Vaccination in Bombay 1889-1901 - 1889-1901
Year: 1889
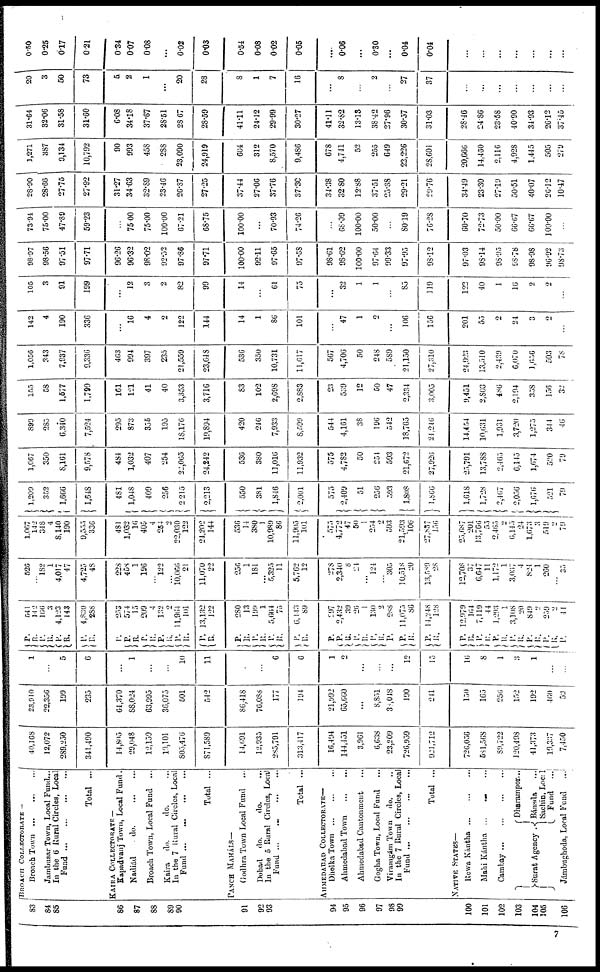
83
84
85
86
87
88
89
90
91
92
93
94
95
96
97
98
99
100
101
102
103
104
105
106
BROACH COLLECTORATE —
Broach Town ... ... ...
Jambusar Town, Local Fund...
In the 6 Rural Circles, Local
Fund...
...
...
...
Total ...
KAIRA COLLECTORATE —
Kapadvanj Town, Local Fund.
Nadiád
do.
...
...
Broach Town, Local Fund ...
Kaira
do.
do. ...
In the 7 Rural Circles, Local
Fund...
...
...
...
Total ...
PANCH MAHÁLS—
Godhra Town Local Fund ...
Dohad
do.
do. ...
In the 5 Rural Circles, Local
Fund ... ... ... ...
Total ...
AHMEDABAD COLLECTORATE—
Dholka
Town...
...
...
Ahmedabad Town
...
...
Ahmedabad Cantonment ...
Gogha Town, Local Fund ...
Viramgám Town
do. ...
In the 7 Rural Circles, Local
Fund... ... ... ...
Total ...
NATIVE STATES—
Rewa
Kántha...
...
...
Mahi Kántha ... ... ...
Cambay...
...
...
...
Surat Agency .
Dharampor...
Bánsda ...
Sachin, Local
Fund ...
Jámbughoda, Local Fund
...
40,168
12,072
289,250
341,490
14,805
29,048
12,159
19,101
805,476
871,589
14,691
12,935
285,791
313,417
16,494
144,451
3,961
6,638
23,209
726,939
921,712
726,056
581,568
89,722
120,498
41,373
19,337
7,450
23,910
22,356
199
235
64,370
88,024
63,995
36,075
501
542
86,418
76,088
177
194
21,992
65,660
...
8,851
38,048
190
211
150
165
256
152
192
460
52
1
...
5
6
...
1
...
...
10
11
...
...
6
6
1
2
...
...
...
12
15
16
8
1
3
1
...
...
P.
R.
P.
R.
P.
R.
P.
R.
541
142
166
3
4,123
143
4,830
288
P.
P.
R.
P.
R.
P.
R.
P.
R.
P.
R.
253
574
15
209
4
132
2
11,964
101
13,132
122
P.
R.
P .
R.
P.
R.
P.
R.
280
13
199
1
5,664
75
6,143
89
P.
P.
R.
P.
R.
P.
R.
P.
P.
R.
P.
R.
297
2,432
39
26
1
130
2
288
11,075
86
14,248
128
P.
R.
P.
R.
P.
Mi.
P.
R.
P.
R.
P.
R.
P.
12,979
164
7,119
44
1,293
1
3,108
20
849
2
259
2
44
526
...
182
1
4,017
47
4,725
48
228
458
1
196
...
122
...
10,066
21
11,070
22
256
1
181
...
5,325
11
5,762
12
278
2,340
8
24
...
124
...
305
10,518
20
13,589
28
12,708
37
6,647
11
1,172
1
3,03,7
4
824
1
260
...
35
1,067
142
348
4
8,140
190
9,555
336
481
1,032
16
405
4
254
2
22,030
122
24,202
144
536
14
380
1
10,989
86
11,905
101
575
4,772
47
50
1
254
2
593
21,593
106
27,837
156
25,687
201
13,766
55
2,465
2
6,145
24
1,673
3
519
2
79
1,209
352
1,666
1,648
481
1,048
409
256
2,215
2,213
550
381
1,846
2,001
575
2,409
51
256
593
1,808
1,866
1,618
1,728
2,567
2,056
1,676
521
79
1,067
350
8,161
9,578
484
1,032
407
254
22,065
24,242
536
380
11,016
11,932
575
4,782
50
254
593
21,672
27,926
25,791
13,788
2,465
6,145
1,674
520
79
899
285
6,340
7,524
295
873
355
195
18,176
19,894
420
246
7,933
8,599
544
4,161
38
196
542
18,765
24,246
14,454
10,631
1,931
3,720
1,275
344
40
155
58
1,577
1,790
161
121
41
40
3,353
3,716
83
102
2,698
2,883
23
539
12
50
47
2,334
3,005
9,451
2,803
486
2,194
358
156
32
1,056
343
7,937
9,336
463
994
397
235
21,559
23,648
536
350
10,731
11,617
567
4,706
50
248
589
21,150
27,310
24,923
13,510
2,439
6,070
1,656
503
78
142
4
190
336
...
16
4
2
122
144
14
1
86
101
...
47
1
2
...
106
156
201
55
2
24
3
2
...
105
3
91
199
...
12
3
2
82
99
14
...
61
75
...
32
1
1
...
85
119
122
40
1
16
2
2
...
98.97
98.56
97.51
97.71
96.26
96.32
98.02
92.52
97.86
97.71
100.00
92.11
97.65
97.58
98.61
98.62
100.00
97.64
99.33
97.95
98.12
97.03
98.14
98.95
98.78
98.98
96.92
98.73
73.94
75.00
47.89
59.23
...
75.00
75.00
100.00
67.21
68.75
100.00
...
70.93
74.26
...
68.09
100.00
50.00
...
80.19
76.28
60.70
72.73
50.00
66.67
66.67
100.00
...
28.90
28.66
27.75
27.92
31.27
34.63
32.89
23.46
26.87
27.25
37.44
27.06
37.76
37.30
34.38
32.80
12.88
37.51
25.38
29.21
29.76
34.49
23.30
27.19
50.51
40.07
26.12
10.47
1,271
387
9,134
10,792
90
993
458
288
23,090
24,919
604
312
8,570
9,486
678
4,741
52
255
649
22,226
28,601
20,666
14,460
2,116
4,928
1,445
505
279
31.64
32.06
31.58
31.60
6.08
34.18
37.67
28.51
28.67
28.59
41.11
24.12
29.99
30.27
41.11
32.82
13.13
38.42
27.96
30.57
31.03
28.46
24.86
23.58
40.90
34.93
26.12
37.45
20
3
50
73
5
2
1
...
20
28
8
1
7
16
...
8
...
2
...
27
37
...
...
...
...
...
...
...
0.50
0.25
0.17
0.21
0.34
0.07
0.08
...
0.02
0.03
0.54
0.08
0.02
0.05
...
0.06
...
0.30
...
0.04
0.04
...
...
...
...
...
...
...
7